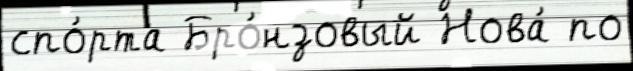
спо́рта Бро́нзовый Нова́ по